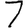
Digit: 7